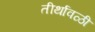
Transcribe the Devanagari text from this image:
तीर्थावळी